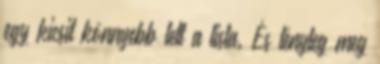
egy kicsit könnyebb lett a lista. És tényleg meg